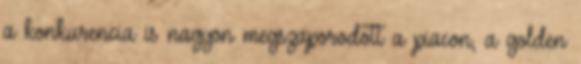
a konkurencia is nagyon megszaporodott a piacon, a golden